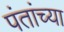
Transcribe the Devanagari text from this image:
पंतांच्या